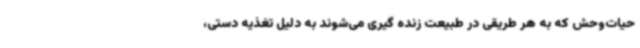
حیات‌وحش که به هر طریقی در طبیعت زنده گیری می‌شوند به دلیل تغذیه دستی،